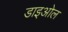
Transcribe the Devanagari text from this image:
डाइओल